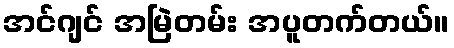
အင်ဂျင် အမြဲတမ်း အပူတက်တယ်။